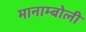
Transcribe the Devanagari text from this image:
मानाम्बोली